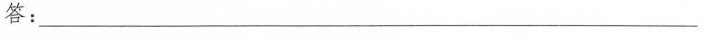
答：___________